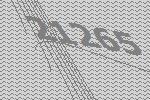
21265